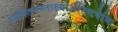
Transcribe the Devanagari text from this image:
स्वस्तिनस्ताक्ष्योर्अरिष्टनेमिः